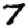
Digit: 7